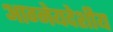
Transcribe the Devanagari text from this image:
आग्नेयदेशीय